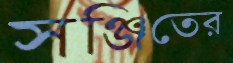
সঞ্জিতের